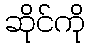
ဆိုင်ကို